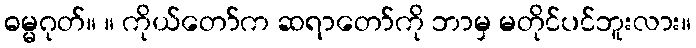
ဓမ္မဂုတ်။ ။ ကိုယ်တော်က ဆရာတော်ကို ဘာမှ မတိုင်ပင်ဘူးလား။